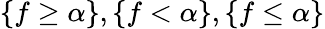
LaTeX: \{ f\geq\alpha\} ,\{ f<\alpha\} ,\{ f\leq\alpha\}